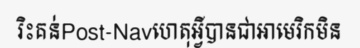
រិះគន់Post-Navហេតុអ្វីបានជាអាមេរិកមិន